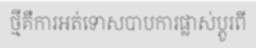
ថ្មីគឺការអត់ទោសបាបការផ្លាស់ប្តូរពី